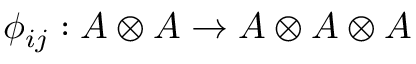
\phi _ { i j } : A \otimes A \to A \otimes A \otimes A